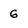
Character: 6